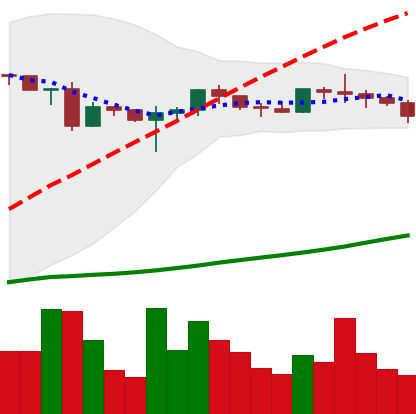
Ticker: ADA-USD
Chart end date: 2020-06-27
Forward return: 21.431%
Label: up_7plus